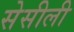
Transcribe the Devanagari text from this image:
सेसीली